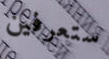
ستعرفين